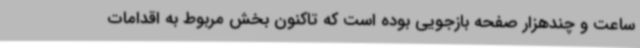
ساعت و چندهزار صفحه بازجویی بوده است که تاکنون بخش مربوط به اقدامات